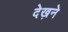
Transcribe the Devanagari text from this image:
देख़ने